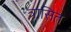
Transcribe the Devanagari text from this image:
त्रासित